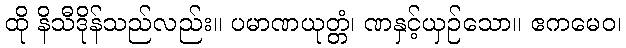
ထို နိသီဒိုန်သည်လည်း။ ပမာဏယုတ္တံ၊ ဏနှင့်ယှဉ်သော။ ဧကမေဝ၊